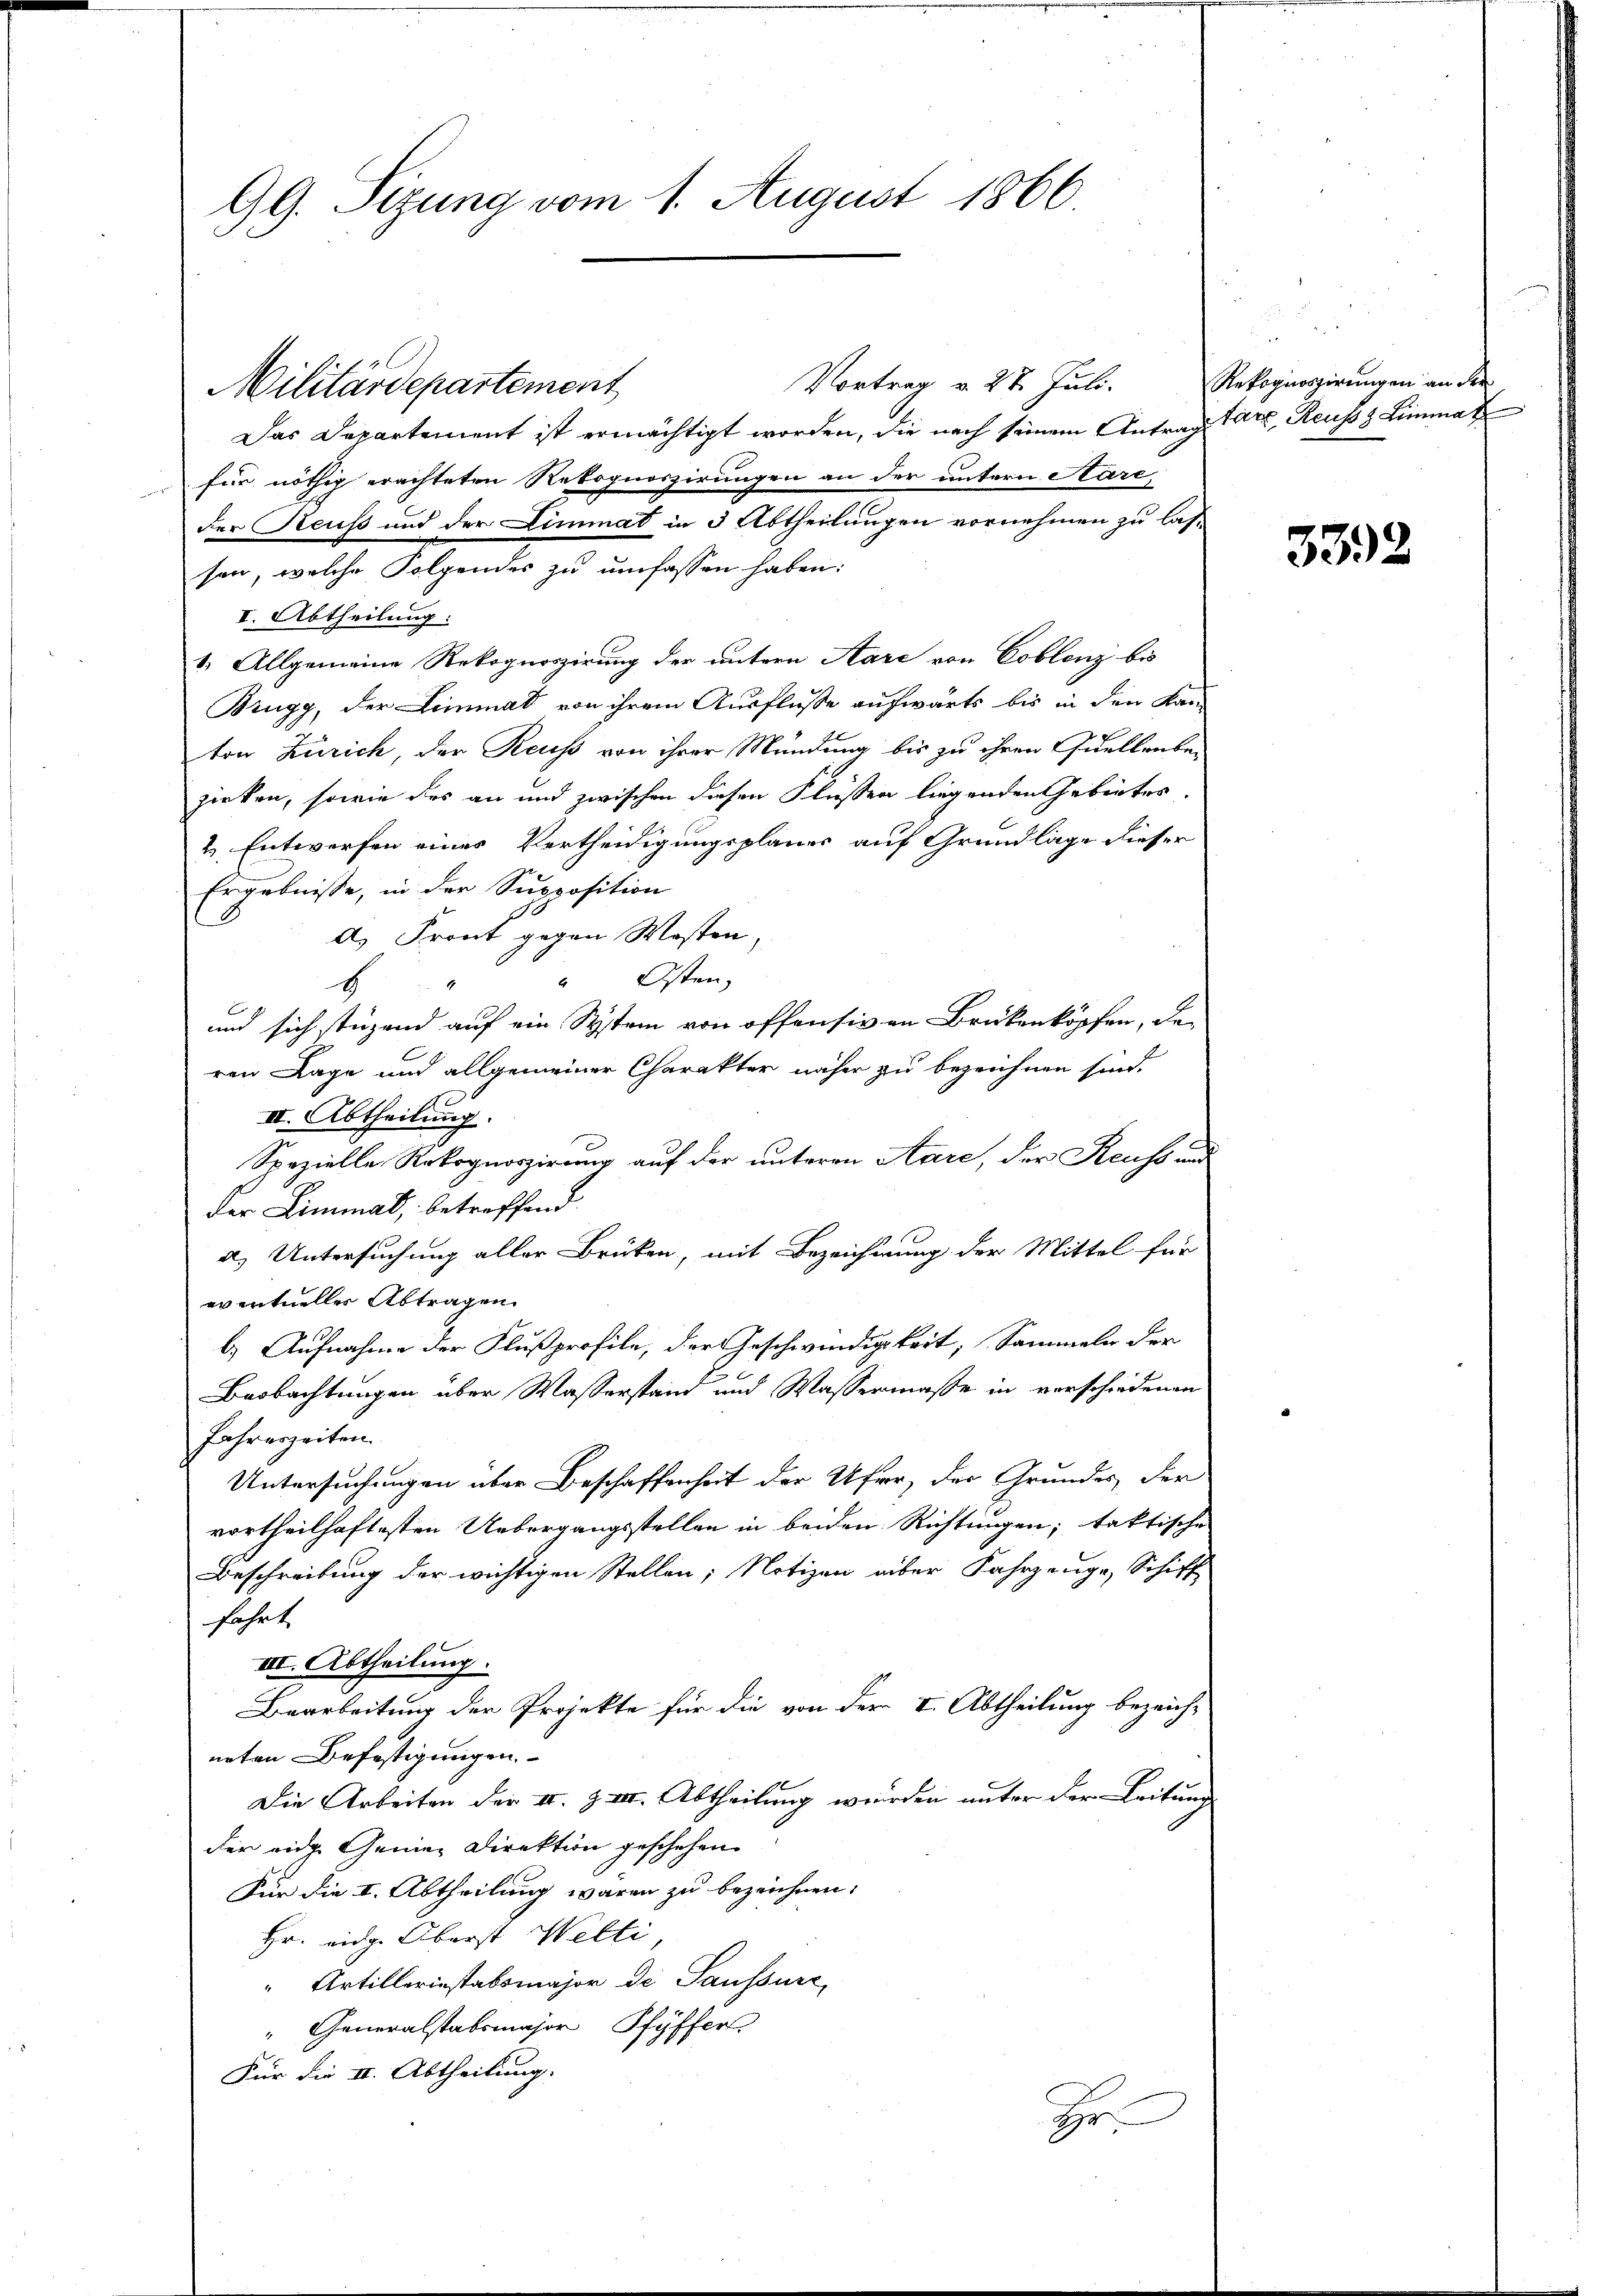
99. Sizung vom 1. August 1866.

Militärdepartement

Vortrag v. 27. Juli.

Das Departement ist ermächtigt worden, die nach seinem Antrag Carl, Reusss Limmat
für nöthig erachteten Rekognoszirungen an der untern Kare,
der Reuß und der Limmat in 3 Abtheilungen vornehmen zu las-
sen, welche Folgendes zŭ ŭmfassen haben:
I. Abtheilung:
1. Allgemeine Rekognoszirung der untern Aare von Coblenz bis
Brugg, der Limmat von ihrem Ausflüsse aufwärts bis in den Kan-
ton Zürich, der Reuß von ihrer Mündung bis zu ihren Quellenbezirken, sowie des an und zwischen diesen Flüssen liegenden Gebietes,
& Entwerfen eines Vertheidigungsplaner auf Grundlage dieser
Ergebnisse, in der Supposition
A. Front gegen Wosten
"Osten,
4
und sich stüzend auf ein System von offensiven Brükenköpfen, der
ren Lage und allgemeiner Charakter näher zu bezeichnen sind.
II. Abtheilung.
Spezielle Rekognoszirung auf der untere Aare, der Reuss und
der Limmat, betreffend
a. Untersuchung aller Brüken, mit Bezeichnung der Mittel für
eventueller Abtragen.
b.) Aufnahme der Flußprofile, der Geschwindigkeit, Sammeln der
Beobachtungen über Wasserstand und Wassermasse in verschiedenen
Jahreszeiten.
Untersuchungen über Beschaffenheit der Ufer, der Grundes, der
vortheilhaftesten Uebergangsstellen in beiden Richtungen; faktische
Beschreibung der wichtigen Stellen; Notizen über Fahrzeuge, Schiff
fahrt
III. Abtheilung.
Bearbeitung der Projekte für die von der I. Abtheilung bezeichnoten Befestigungen.
Die Arbeiten der II. Z VII. Abtheilung wurden unter der Leitung
der eidg. Gemei Direktion geschehen.
Für die I. Abtheilung wären zu bezeichnen.
Hr. eidg. Oberst Welti
“ Artillerinstabsmajor de Saussure,
" Generalstabsmajor, Pfyffer
Für die II. Abtheilung.
H

Rekognoszirungen an der

3392